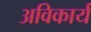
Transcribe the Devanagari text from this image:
अविकार्य